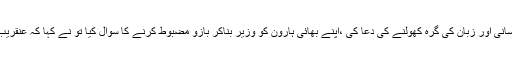
میرے بھائی موسیٰ نے تجھ سے شرح صدر ،کام کی آسانی اور زبان کی گرہ کھولنے کی دعا کی ،اپنے بھائی ہارون کو وزیر بناکر بازو مضبوط کرنے کا سوال کیا تو نے کہا کہ عنقریب تمہارے بھائی کے ذریعہ تمہیںتقویت دی جائے گی ۔